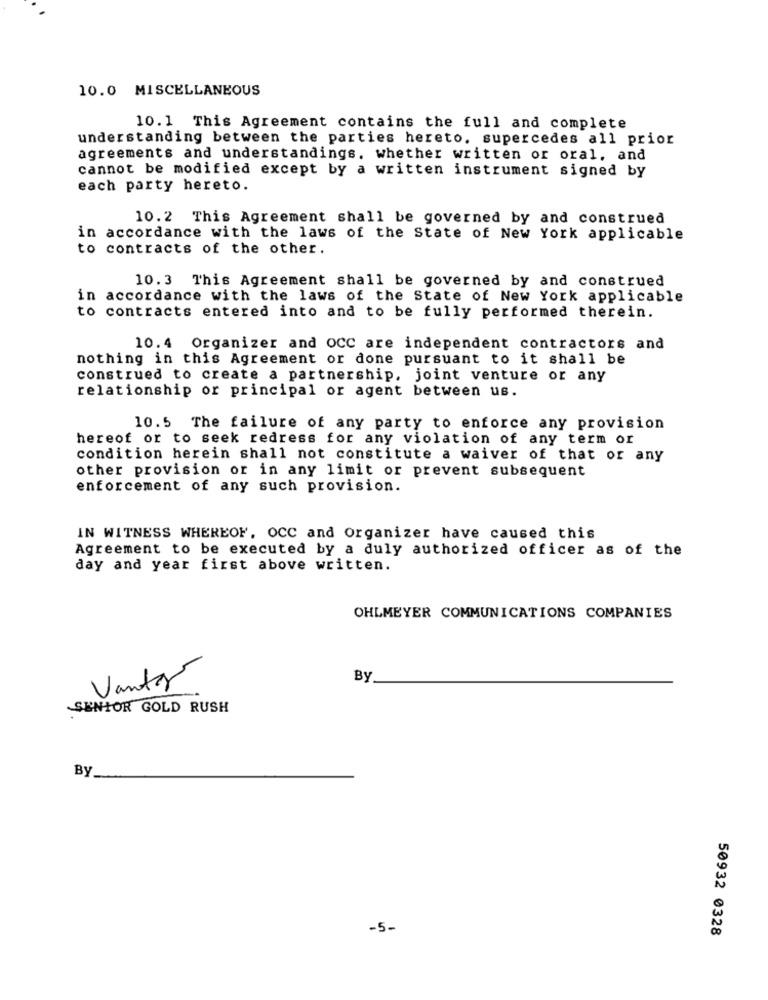
10.0 MISCELLANEOUS
10. 1 This Agreement contains the full and complete
understanding between the parties hereto, supercedes all prior
agreements and understandings. whether written or oral, and
cannot be modified except by a written instrument signed by
each party hereto.
10.2 This Agreement shall be governed by and construed
in accordance with the laws of the State of New York applicable
to contracts of the other.
10.3 This Agreement shall be governed by and construed
in accordance with the laws of the State of New York applicable
to contracts entered into and to be fully performed therein.
10.4 Organizer and OCC are independent contractors and
nothing in this Agreement or done pursuant to it shall be
construed to create a partnership, joint venture or any
relationship or principal or agent between us.
10.5 The failure of any party to enforce any provision
hereof or to seek redress for any violation of any term or
condition herein shall not constitute a waiver of that or any
other provision or in any limit or prevent subsequent
enforcement of any such provision.
IN WITNESS WHEREOF. OCC and Organizer have caused this
Agreement to be executed by a duly authorized officer as of the
day and year first above written.
OHLMEYER COMMUNICATIONS COMPANIES
By
Vantas
SENIOR GOLD RUSH
By
-5-
50932 0328